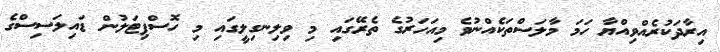
އިރާދަކުރެއްވިއްޔާ ހަމަ މާލަސްތަކެއްނުވެ މިއަހަރުގެ ތެރޭގައި މި ވިލިނގިލީގައި މި ހޮސްޕިޓަލުން ޑައިލަސިސްގެ